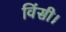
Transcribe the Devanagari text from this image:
विंसी।